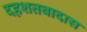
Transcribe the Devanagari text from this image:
दहशतवादास